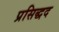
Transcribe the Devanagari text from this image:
प्रसिद्धद